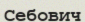
Себович